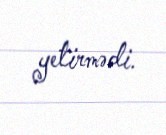
yetirmədi.